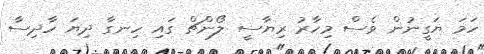
ހަމަ ޔަގީނުން ވެސް މިހާރު ރިޔާސީ ލޯންޗް ގައި ހިނގާ ދިޔަ ހާދިސާ